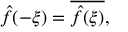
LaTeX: { \hat { f } } ( - \xi ) = { \overline { { { \hat { f } } ( \xi ) } } } ,